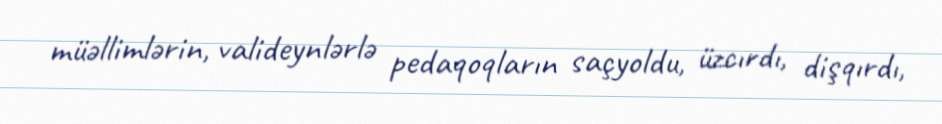
müəllimlərin, valideynlərlə pedaqoqların saçyoldu, üzcırdı, dişqırdı,